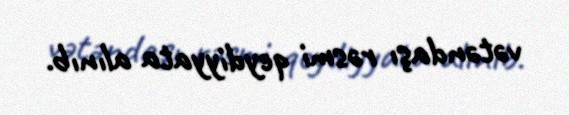
vətəndaşı rəsmi qeydiyyata alınıb.